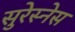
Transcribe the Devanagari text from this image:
सुरेस्नेस